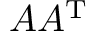
A A ^ { \mathrm { T } }